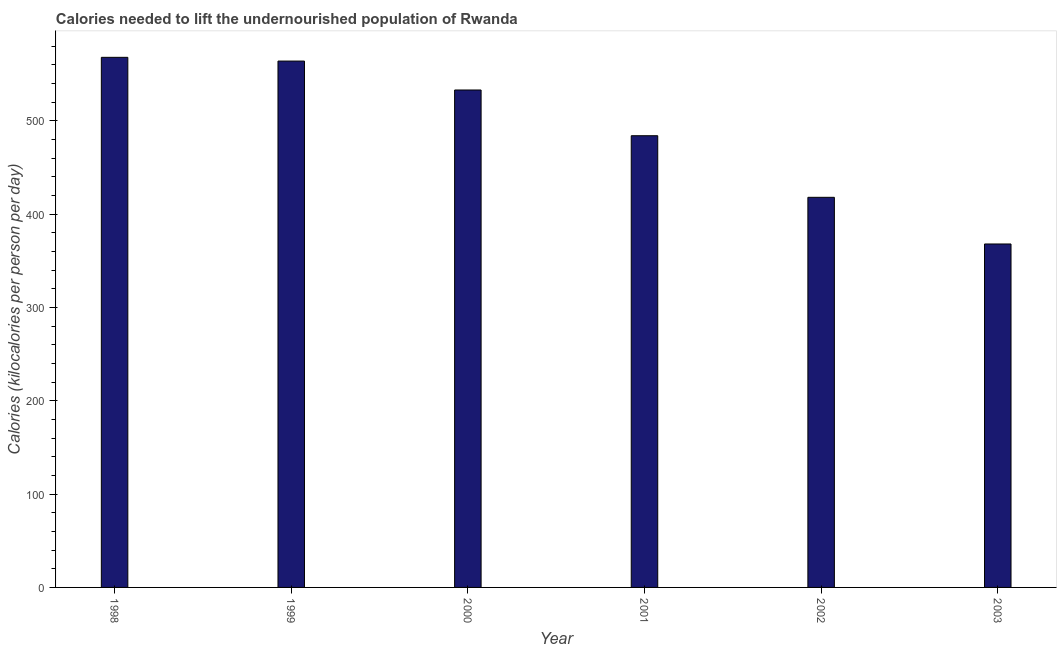
| Year | Depth of the food deficit |
 | --- | --- |
 | 1998 | 568 |
 | 1999 | 564 |
 | 2000 | 533 |
 | 2001 | 484 |
 | 2002 | 418 |
 | 2003 | 368 |